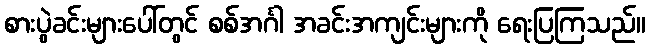
စားပွဲခင်းများပေါ်တွင် စစ်အင်္ဂါ အခင်းအကျင်းများကို ရေးပြကြသည်။